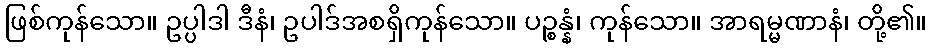
ဖြစ်ကုန်သော။ ဥပ္ပါဒါ ဒီနံ၊ ဥပါဒ်အစရှိကုန်သော။ ပဉ္စန္နံ၊ ကုန်သော။ အာရမ္မဏာနံ၊ တို့၏။